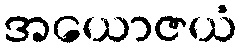
အယောဇယံ